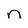
Character: n